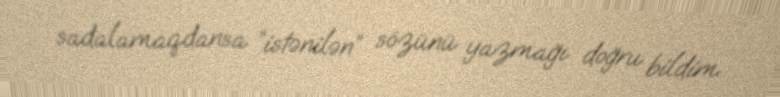
sadalamaqdansa “istənilən” sözünü yazmağı doğru bildim.